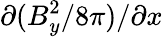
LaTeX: \partial(B_{y}^{2}/8\pi)/\partial x